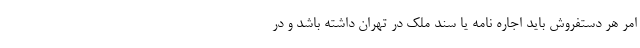
امر هر دستفروش باید اجاره نامه یا سند ملک در تهران داشته باشد و در